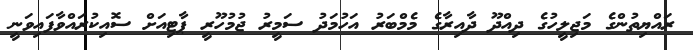
ރައްޔިތުންގެ މަޖިލީހުގެ ދިއްދޫ ދާއިރާގެ މެމްބަރު އަހުމަދު ސަމީރު ޖުމުހޫރީ ޕާޓިއަށް ސޮއިކުރައްވާފައިވަނީ